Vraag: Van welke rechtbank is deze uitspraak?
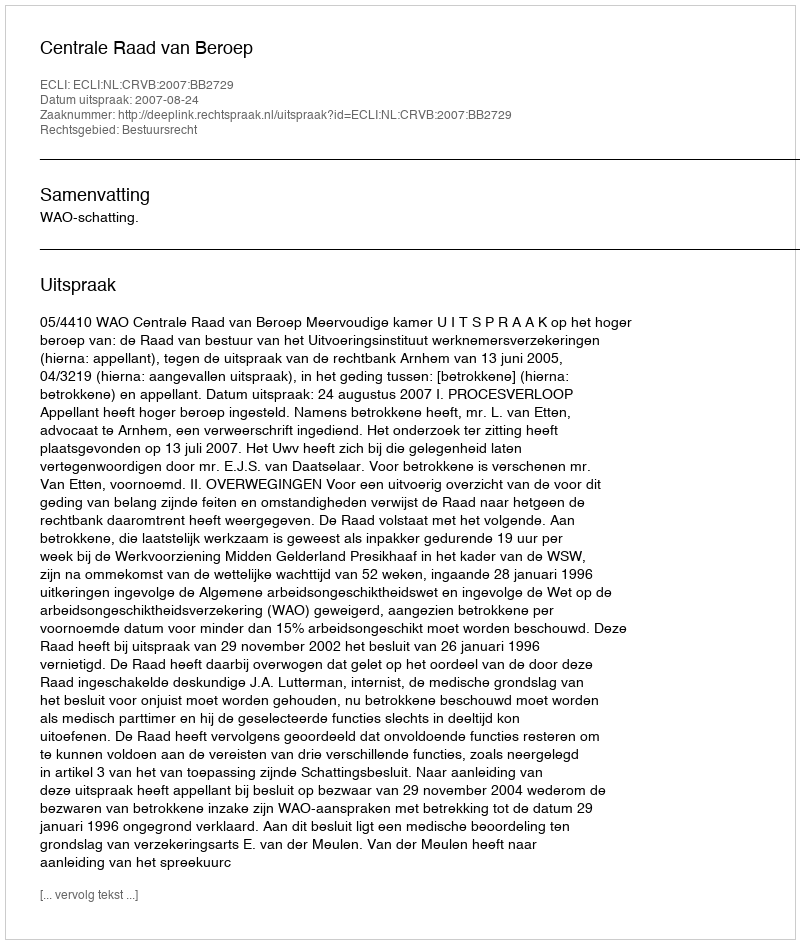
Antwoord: Centrale Raad van Beroep